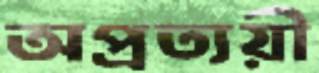
অপ্রত্যয়ী